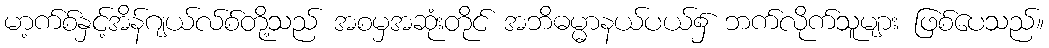
မာ့က်စ်နှင့်အိန်ဂျယ်လ်စ်တို့သည် အစမှအဆုံးတိုင် အဘိဓမ္မာနယ်ပယ်၌ ဘက်လိုက်သူများ ဖြစ်ပေသည်။